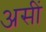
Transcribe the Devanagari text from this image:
असीं